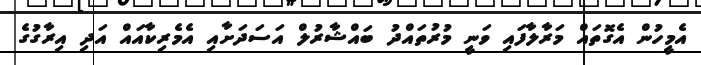
އެމީހުން އެގޮތައް މަރާލާފައި ވަނީ މުރުތައްދު ބައްޝާރުލް އަސަދަށާއި އެމެރިކާއައް އަދި އިރާގުގެ